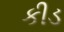
કીડ